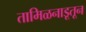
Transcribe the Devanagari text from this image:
तामिळनाडूतून